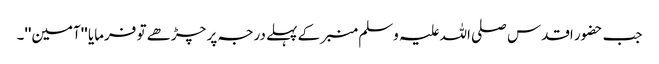
جب حضور اقدس صلی اللہ علیہ وسلم منبر کے پہلے درجہ پر چڑھے تو فرمایا ''آمین''۔